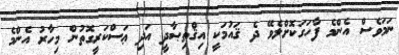
ނަމަވެސް އެންމެ ފާހަގަކޮށްލެވޭ ދެ ޤައުމަކީ އިޤްތިޞާދީ އަދި ޢަސްކަރީގޮތުން މިހާރު އެންމެ